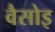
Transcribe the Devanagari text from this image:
वैसोइ